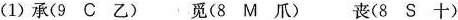
(1)承(9 C 乙) 觅(8 M 爪) 丧(8 S 十)